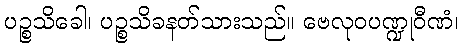
ပဉ္စသိခေါ၊ ပဉ္စသိခနတ်သားသည်။ ဗေလုဝပဏ္ဍုဝီဏံ၊